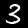
Digit: 3